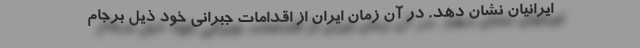
ایرانیان نشان دهد. در آن زمان ایران از اقدامات جبرانی خود ذیل برجام